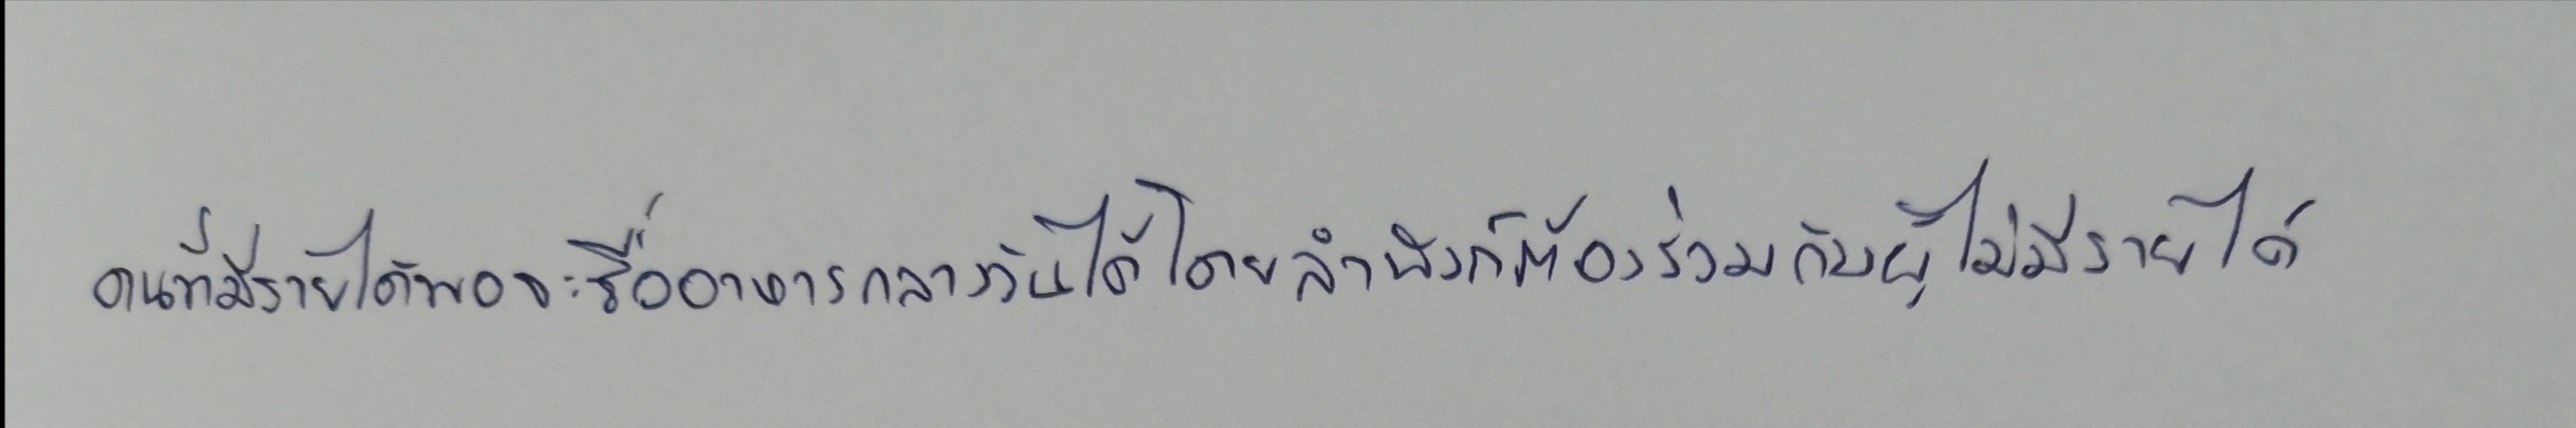
คนที่มีรายได้พอจะซื้ออาหารกลางวันได้โดยลำพังก็ต้องร่วมกับผู้ไม่มีรายได้